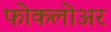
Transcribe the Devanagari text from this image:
फोकलोअर